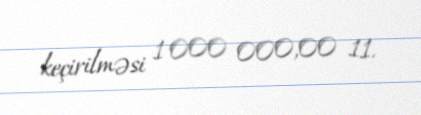
keçirilməsi 1 000 000,00 11.